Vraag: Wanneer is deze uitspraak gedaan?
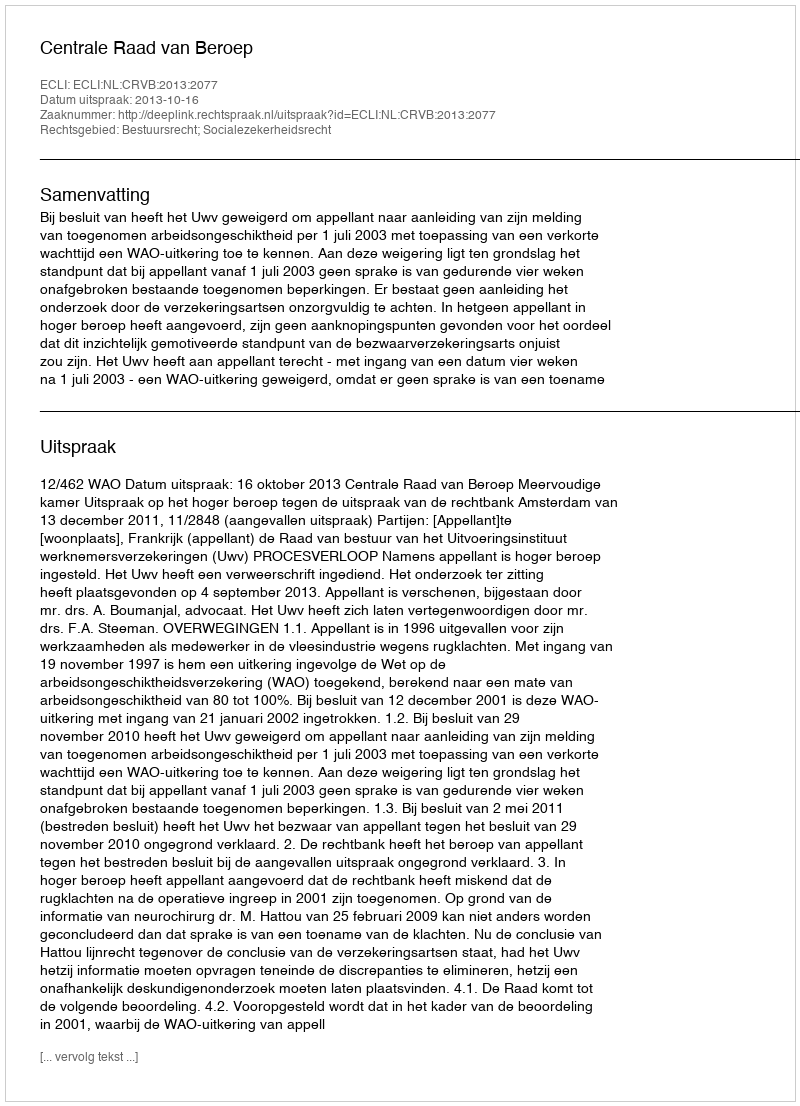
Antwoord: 2013-10-16